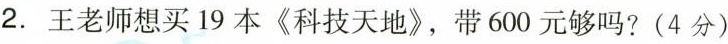
2. 王老师想买19本《科技天地》，带600元够吗?(4分)